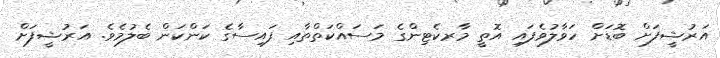
އަރުޝީފަށް ބޮޑަށް ހަވާލުވެފައި އޮތީ މާރކެޓިންގެ މަސައްކަތްތާއި ފައިސާގެ ކަންކަން ބެލުމެވެ. އަރުޝީފަށް